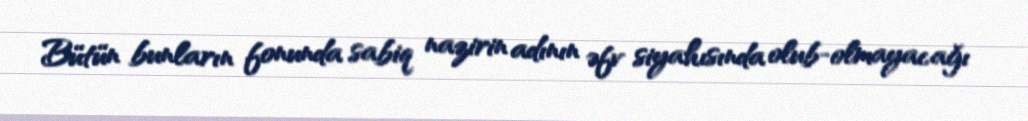
Bütün bunların fonunda sabiq nazirin adının əfv siyahısında olub-olmayacağı